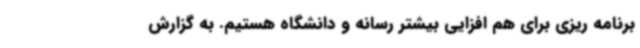
برنامه ریزی برای هم افزایی بیشتر رسانه و دانشگاه هستیم. به گزارش